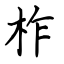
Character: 柞